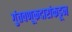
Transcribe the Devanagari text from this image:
गुंतवणूकदारांकडून